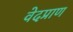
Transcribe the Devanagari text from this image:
वेदप्राण